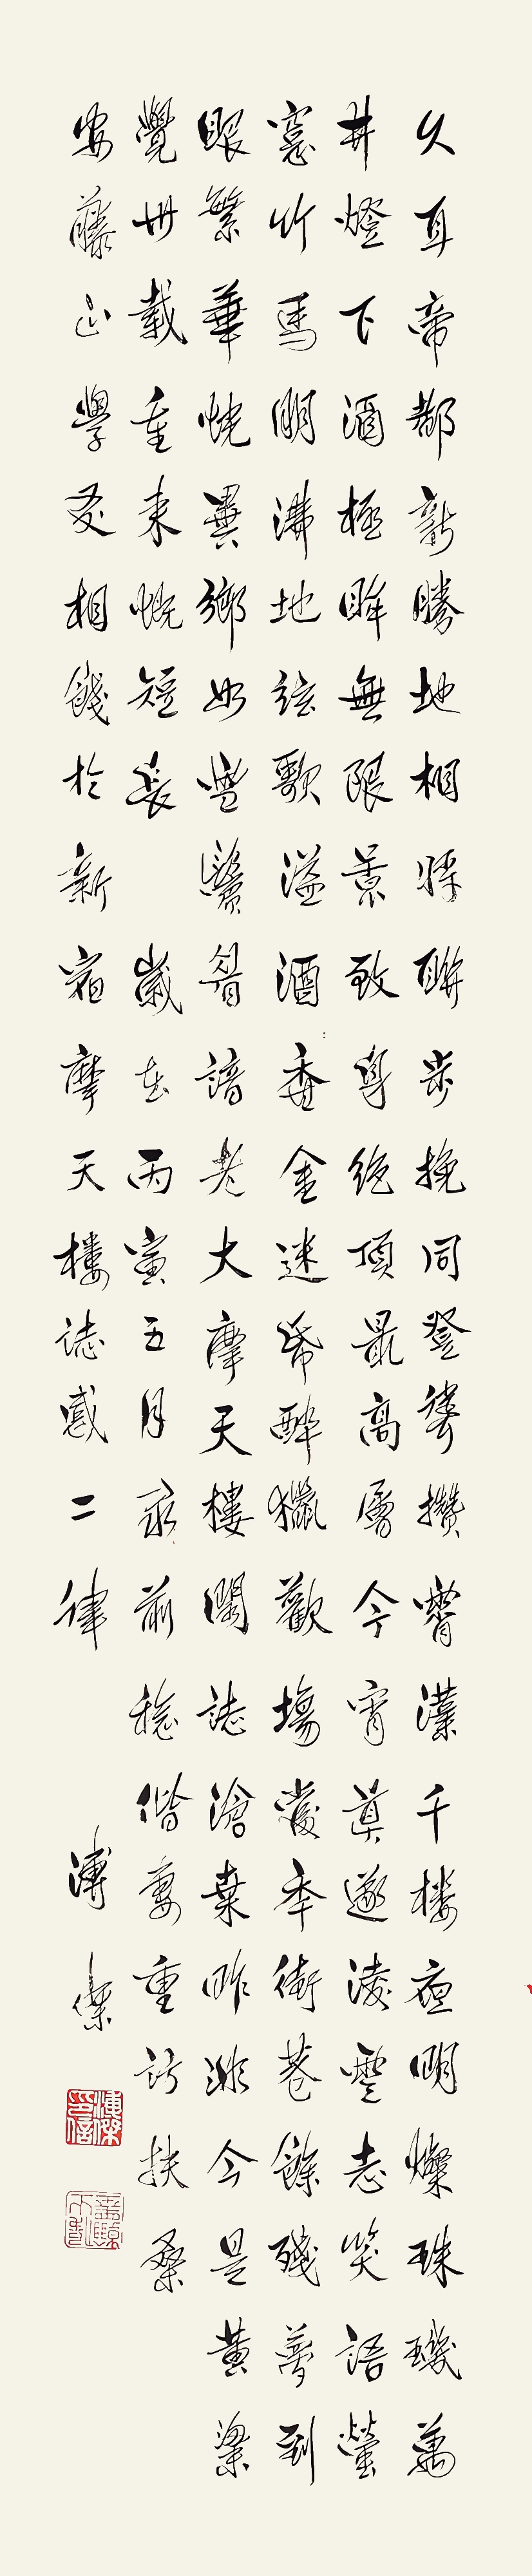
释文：久闻帝都新胜地，相将聊步挽同登。耸攒霄汉千楼夜，明璨珠玑万井灯。下酒极眸无限景，致身绝顶最高层。今宵莫逐凌云志，笑语萤窗竹马明。沸地弦歌溢酒香，金迷纸醉猎欢场。当年街巷余残梦，到眼繁华恍异乡。如雪鬓眉谙老大，摩天楼阁志沧桑。昨非今是黄粱觉，卅载重来慨短长。岁在丙寅五月，录前稔偕妻重访扶桑，安藤正学友相践于摩天楼志感二律。溥杰。